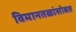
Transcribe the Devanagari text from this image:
विमानतळांसोबत